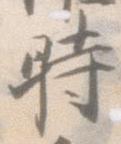
時